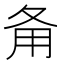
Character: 𤰅